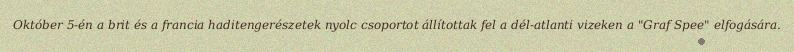
Október 5-én a brit és a francia haditengerészetek nyolc csoportot állítottak fel a dél-atlanti vizeken a "Graf Spee" elfogására.